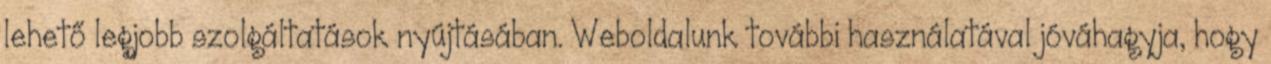
lehető legjobb szolgáltatások nyújtásában. Weboldalunk további használatával jóváhagyja, hogy